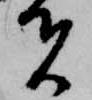
者